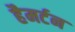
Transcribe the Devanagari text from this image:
हैमर्टन